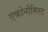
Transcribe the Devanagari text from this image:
एकोनौमिस्ट